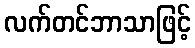
လက်တင်ဘာသာဖြင့်